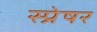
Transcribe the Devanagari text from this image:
स्प्रेषर